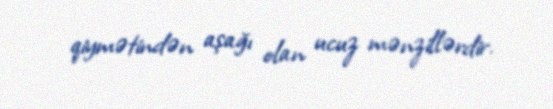
qiymətindən aşağı olan ucuz mənzillərdir.